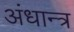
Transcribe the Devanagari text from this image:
अंधान्त्र